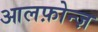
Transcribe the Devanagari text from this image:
आलफ़ोन्ज़